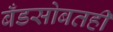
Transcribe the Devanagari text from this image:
बँडसोबतही